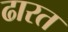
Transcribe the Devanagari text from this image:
ढारत